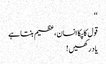
‘‘
قول کا پکا انسان،عظیم بنتا ہے
یاد رکھیں !